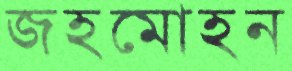
জহমোহন